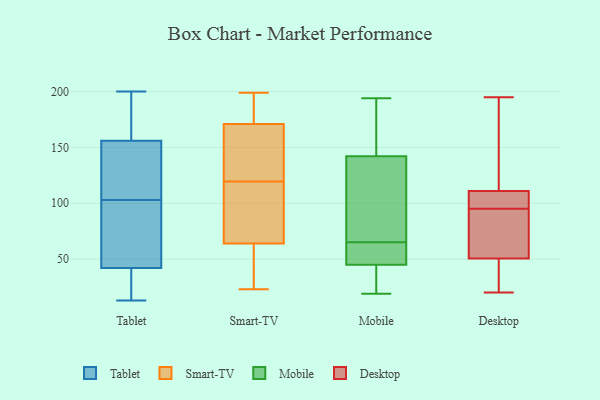
{"axis": {"x": "Website Visitors", "y": "Value"}, "legend": ["Desktop", "Mobile", "Smart-TV", "Tablet"], "data": [{"x": "", "y": 28, "type": "Tablet"}, {"x": "", "y": 33, "type": "Tablet"}, {"x": "", "y": 58, "type": "Tablet"}, {"x": "", "y": 17, "type": "Tablet"}, {"x": "", "y": 195, "type": "Tablet"}, {"x": "", "y": 114, "type": "Tablet"}, {"x": "", "y": 187, "type": "Tablet"}, {"x": "", "y": 13, "type": "Tablet"}, {"x": "", "y": 92, "type": "Tablet"}, {"x": "", "y": 146, "type": "Tablet"}, {"x": "", "y": 166, "type": "Tablet"}, {"x": "", "y": 119, "type": "Tablet"}, {"x": "", "y": 186, "type": "Tablet"}, {"x": "", "y": 118, "type": "Tablet"}, {"x": "", "y": 49, "type": "Tablet"}, {"x": "", "y": 35, "type": "Tablet"}, {"x": "", "y": 200, "type": "Tablet"}, {"x": "", "y": 57, "type": "Tablet"}, {"x": "", "y": 69, "type": "Tablet"}, {"x": "", "y": 119, "type": "Tablet"}, {"x": "", "y": 127, "type": "Smart-TV"}, {"x": "", "y": 160, "type": "Smart-TV"}, {"x": "", "y": 112, "type": "Smart-TV"}, {"x": "", "y": 171, "type": "Smart-TV"}, {"x": "", "y": 128, "type": "Smart-TV"}, {"x": "", "y": 23, "type": "Smart-TV"}, {"x": "", "y": 64, "type": "Smart-TV"}, {"x": "", "y": 27, "type": "Smart-TV"}, {"x": "", "y": 91, "type": "Smart-TV"}, {"x": "", "y": 199, "type": "Smart-TV"}, {"x": "", "y": 187, "type": "Smart-TV"}, {"x": "", "y": 107, "type": "Smart-TV"}, {"x": "", "y": 41, "type": "Smart-TV"}, {"x": "", "y": 192, "type": "Smart-TV"}, {"x": "", "y": 25, "type": "Mobile"}, {"x": "", "y": 65, "type": "Mobile"}, {"x": "", "y": 151, "type": "Mobile"}, {"x": "", "y": 127, "type": "Mobile"}, {"x": "", "y": 178, "type": "Mobile"}, {"x": "", "y": 31, "type": "Mobile"}, {"x": "", "y": 48, "type": "Mobile"}, {"x": "", "y": 194, "type": "Mobile"}, {"x": "", "y": 47, "type": "Mobile"}, {"x": "", "y": 158, "type": "Mobile"}, {"x": "", "y": 73, "type": "Mobile"}, {"x": "", "y": 19, "type": "Mobile"}, {"x": "", "y": 139, "type": "Mobile"}, {"x": "", "y": 103, "type": "Mobile"}, {"x": "", "y": 59, "type": "Mobile"}, {"x": "", "y": 39, "type": "Mobile"}, {"x": "", "y": 50, "type": "Mobile"}, {"x": "", "y": 80, "type": "Desktop"}, {"x": "", "y": 22, "type": "Desktop"}, {"x": "", "y": 99, "type": "Desktop"}, {"x": "", "y": 126, "type": "Desktop"}, {"x": "", "y": 96, "type": "Desktop"}, {"x": "", "y": 95, "type": "Desktop"}, {"x": "", "y": 144, "type": "Desktop"}, {"x": "", "y": 80, "type": "Desktop"}, {"x": "", "y": 20, "type": "Desktop"}, {"x": "", "y": 195, "type": "Desktop"}, {"x": "", "y": 60, "type": "Desktop"}, {"x": "", "y": 106, "type": "Desktop"}, {"x": "", "y": 20, "type": "Desktop"}]}